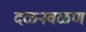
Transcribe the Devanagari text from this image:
दळनवळण